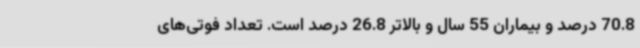
70.8 درصد و بیماران 55 سال و بالاتر 26.8 درصد است. تعداد فوتی‌های